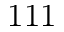
1 1 1